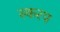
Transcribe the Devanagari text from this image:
स्करप